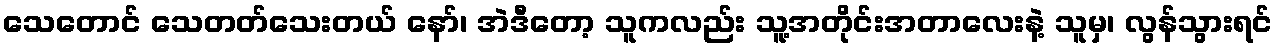
သေတောင် သေတတ်သေးတယ် နော်၊ အဲဒီတော့ သူကလည်း သူ့အတိုင်းအတာလေးနဲ့ သူမှ၊ လွန်သွားရင်